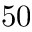
5 0